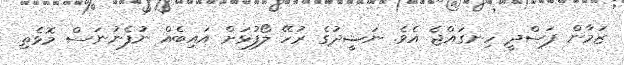
ޒަމާން ފަސްދީ ހިނގައްޖެ އެވެ. ނަޝީދުގެ ރުހޭ ލޯފުޅަށް އައިބެއް ނުފެނުނަސް މޮޅެތި